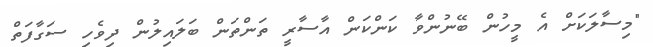
"މިސާލަކަށް އެ މީހުން ބޭނުންވާ ކަންކަން އާސާރީ ތަންތަން ބަލައިލުން ދިވެހި ސަގާފަތް